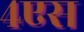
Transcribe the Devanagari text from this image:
४एस